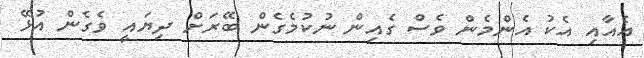
އެއާއި އެކު އެންމެން ވެސް ގެއިން ނުކުމެގެން ބޭރަށް ދިޔައީ ވެގެން އުޅޭ